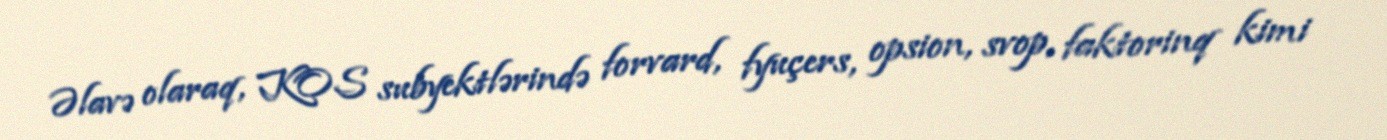
Əlavə olaraq, KOS subyektlərində forvard, fyuçers, opsion, svop, faktorinq kimi